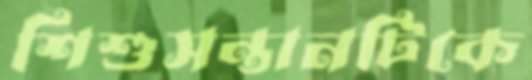
শিশুসন্তানটিকে